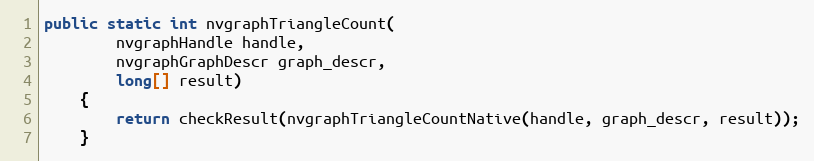
Language: Java
public static int nvgraphTriangleCount(
        nvgraphHandle handle,
        nvgraphGraphDescr graph_descr,
        long[] result)
    {
        return checkResult(nvgraphTriangleCountNative(handle, graph_descr, result));
    }